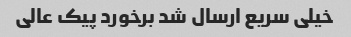
خیلی سریع ارسال شد برخورد پیک عالی